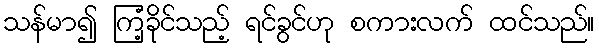
သန်မာ၍ ကြံ့ခိုင်သည့် ရင်ခွင်ဟု စကားလက် ထင်သည်။